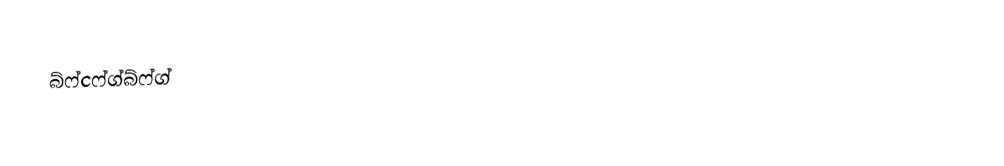
බ්ෆ්cෆ්ග්බ්ෆ්ග්